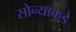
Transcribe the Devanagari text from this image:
सोन्याकडे